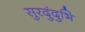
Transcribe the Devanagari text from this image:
सुरदुंदुभि